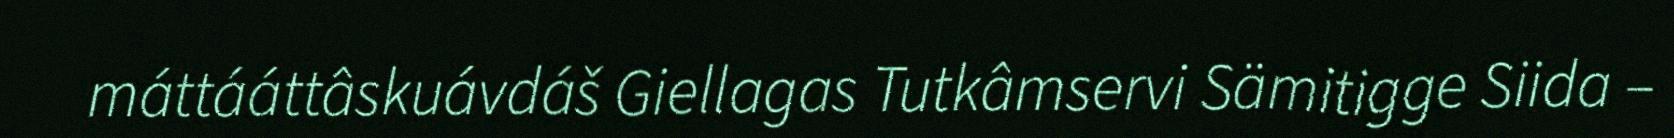
máttááttâskuávdáš Giellagas Tutkâmservi Sämitigge Siida –